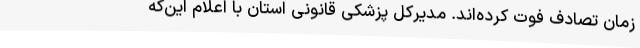
زمان تصادف فوت کرده‌اند. مدیرکل پزشکی قانونی استان با اعلام این‌که